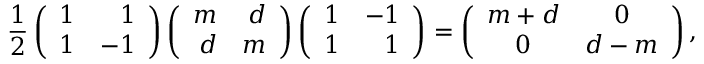
\frac { 1 } { 2 } \left( \begin{array} { r r } { { 1 } } & { { 1 } } \\ { { 1 } } & { { - 1 } } \end{array} \right) \left( \begin{array} { r r } { { m } } & { { d } } \\ { { d } } & { { m } } \end{array} \right) \left( \begin{array} { r r } { { 1 } } & { { - 1 } } \\ { { 1 } } & { { 1 } } \end{array} \right) = \left( \begin{array} { c c } { { m + d } } & { { 0 } } \\ { { 0 } } & { { d - m } } \end{array} \right) ,